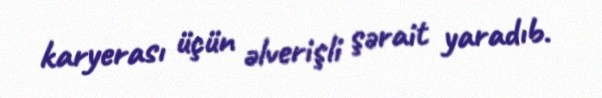
karyerası üçün əlverişli şərait yaradıb.